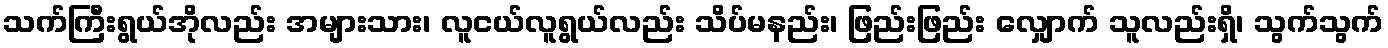
သက်ကြီးရွယ်အိုလည်း အများသား၊ လူငယ်လူရွယ်လည်း သိပ်မနည်း၊ ဖြည်းဖြည်း လျှောက် သူလည်းရှိ၊ သွက်သွက်